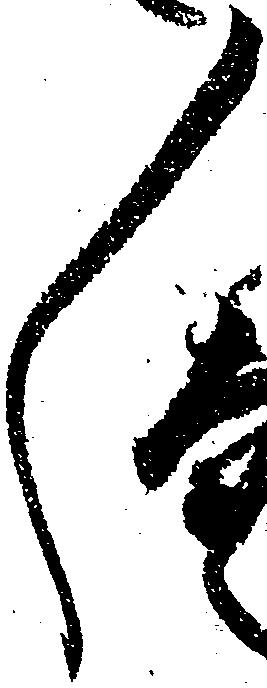
々